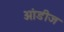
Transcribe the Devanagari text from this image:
आंडीज